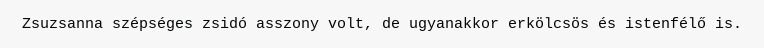
Zsuzsanna szépséges zsidó asszony volt, de ugyanakkor erkölcsös és istenfélő is.